Civil Veterinary Department Bihar reports 1940-50 - 1940-1950
Year: 1940
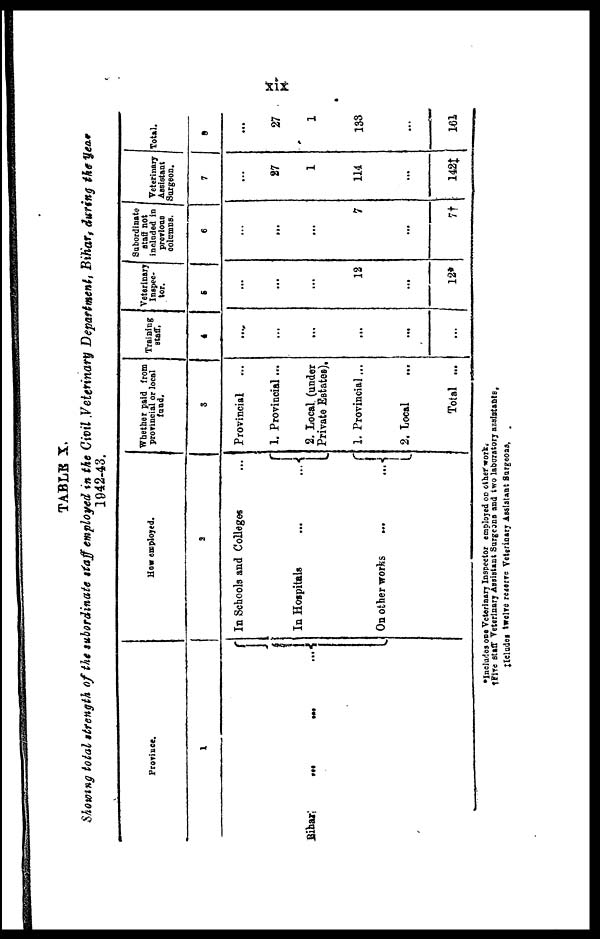
xix
TABLE X.
Showing total strength of the subordinate staff employed in the Civil Veterinary Department, Bihar, during the year
1942-43.
Bihar
Province.
1
... ... ...
How employed.
3
In Schools and Colleges ...
In Hospitals
...
...
On other works
...
...
Whether paid from
provincial or local
fund.
3
Provincial ...
1. Provincial ...
2. Local. (under
Private Estates).
1. Provincial ...
2. Local ...
Total ...
Training
staff.
4
...
...
...
...
...
Veterinary
Inspec-
tor.
5
...
...
...
12
...
12*
Subordinate
staff not
included in
previous
columns.
6
...
...
...
7
...
7†
Veterinary
Assistant
Surgeon.
7
...
27
1
114
...
142‡
Total.
8
...
27
1
133
...
161
*Includes one Veterinary Inspector employed on other work.
†Five staff Veterinary Assistant Surgeons and two laboratory assistants,
‡Icludes twelve reserve Veterinary Assistant Surgeons,